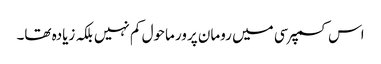
اس کسمپرسی میں رومان پرور ماحول کم نہیں بلکہ زیادہ تھا۔